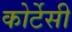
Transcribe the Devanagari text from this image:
कोर्टेसी